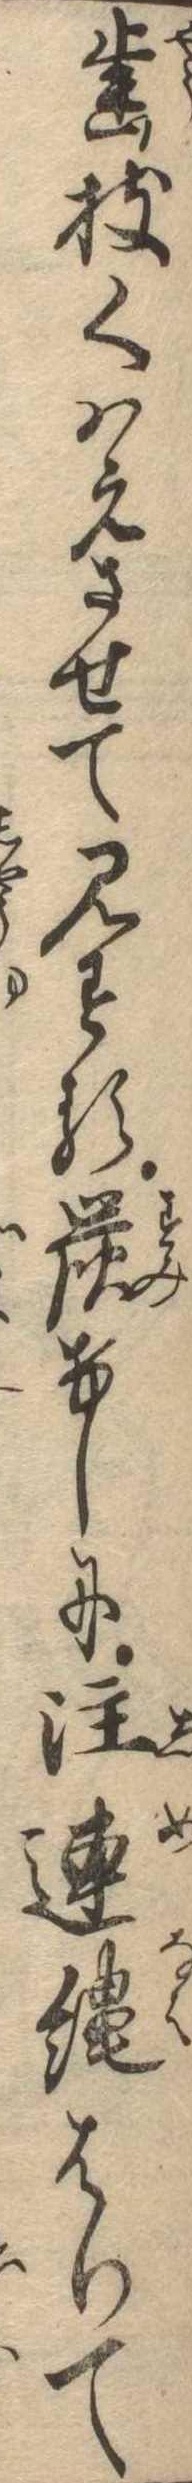
歯枝くはえさせて見する炭けしに注連縄はりて